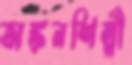
অঙ্কনশিল্পী